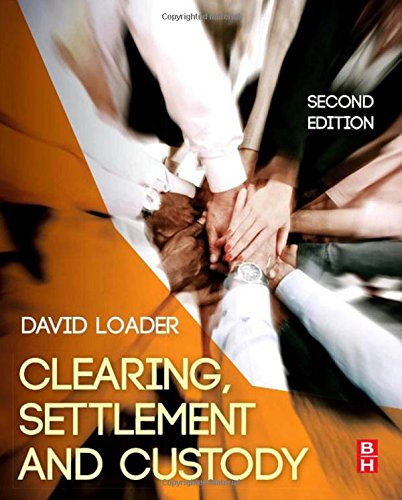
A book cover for Clearing, Settlement and Custody, Second Edition; David Loader; Business & Money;